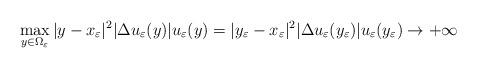
LaTeX: \begin{align*}\max_{y\in \Omega_\varepsilon} |y-x_\varepsilon|^2 |\Delta u_\varepsilon(y)| u_\varepsilon(y)=|y_\varepsilon-x_\varepsilon|^2 |\Delta u_\varepsilon(y_\varepsilon)| u_\varepsilon(y_\varepsilon)\to +\infty\end{align*}